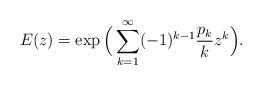
LaTeX: \begin{align*}E(z)=\exp\Big(\sum_{k=1}^{\infty}(-1)^{k-1}\frac{p_{k}}{k}z^{k}\Big).\end{align*}